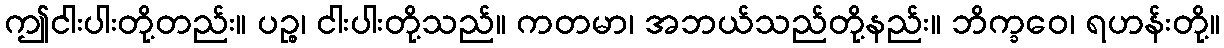
ဤငါးပါးတို့တည်း။ ပဉ္စ၊ ငါးပါးတို့သည်။ ကတမာ၊ အဘယ်သည်တို့နည်း။ ဘိက္ခဝေ၊ ရဟန်းတို့။